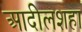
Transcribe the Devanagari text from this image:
आदीलशहा